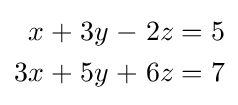
{\begin{alignedat}{7}x&&\;+\;&&3y&&\;-\;&&2z&&\;=\;&&5&\\3x&&\;+\;&&5y&&\;+\;&&6z&&\;=\;&&7&\end{alignedat}}